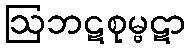
ဩဘဋစုမ္ဗဋာ